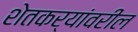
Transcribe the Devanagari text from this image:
शेतकर्यांवरील